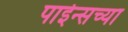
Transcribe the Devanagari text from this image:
पाईन्सच्या